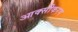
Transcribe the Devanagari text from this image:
आक्‍सीकरण